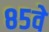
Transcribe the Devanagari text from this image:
८५वे